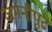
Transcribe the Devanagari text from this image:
जर्मनीपुढे